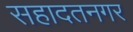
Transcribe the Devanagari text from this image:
सहादतनगर